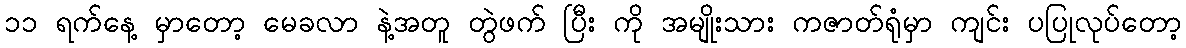
၁၁ ရက်နေ့ မှာတော့ မေခလာ နဲ့အတူ တွဲဖက် ပြီး ကို အမျိုးသား ကဇာတ်ရုံမှာ ကျင်း ပပြုလုပ်တော့